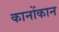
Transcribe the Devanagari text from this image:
कानोंकान